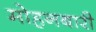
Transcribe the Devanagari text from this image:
मोहनबारी